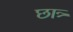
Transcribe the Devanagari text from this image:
छात्र्